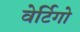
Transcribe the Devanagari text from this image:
वेर्टिगो